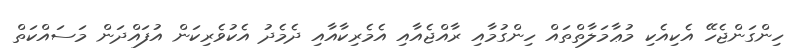
ހިންގަންޖެހޭ އެކިއެކި މުޢާމަލާތްތައް ހިންގުމާއި ރާއްޖެއާއި އެމެރިކާއާއި ދެމެދު އެކުވެރިކަން އުފައްދަން މަސައްކަތް